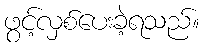
ဖွင့်လှစ်ပေးခဲ့ရသည်။